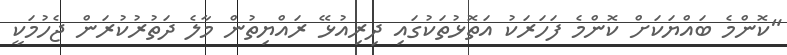
"ކޮންމެ ބައްޔަކަށް ކޮންމެ ފަހަރަކު އަތޮޅުތަކުގައި ދިރިއުޅޭ ރައްޔިތުން މާލެ ދަތުރުކުރަން ޖެހުމަކީ